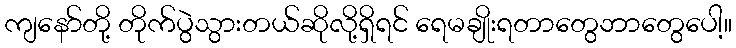
ကျနော်တို့ တိုက်ပွဲသွားတယ်ဆိုလို့ရှိရင် ရေမချိုးရတာတွေဘာတွေပေါ့။